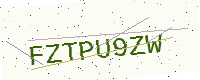
Text: FZTPU9ZW